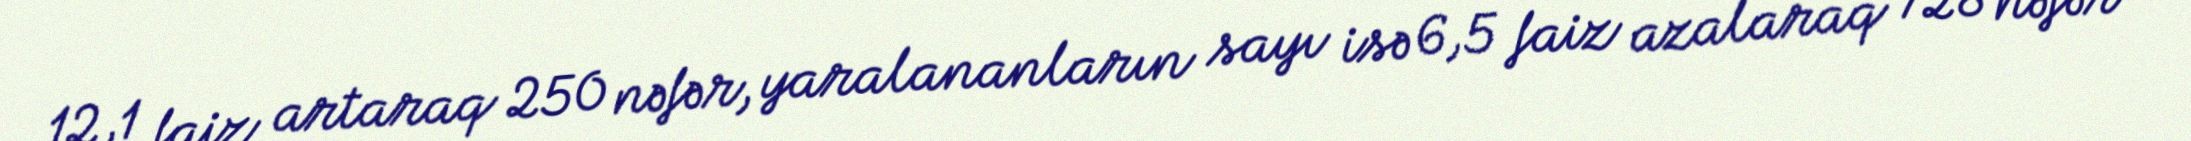
12,1 faiz artaraq 250 nəfər, yaralananların sayı isə 6,5 faiz azalaraq 728 nəfər